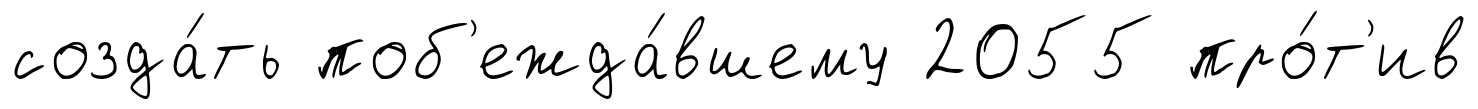
созда́ть поб'ежда́вшему 2055 про́т'ив